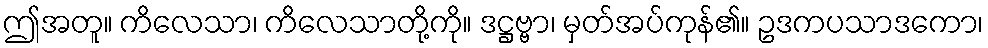
ဤအတူ။ ကိလေသာ၊ ကိလေသာတို့ကို။ ဒဋ္ဌဗ္ဗာ၊ မှတ်အပ်ကုန်၏။ ဥဒကပသာဒကော၊